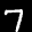
Label: 7